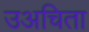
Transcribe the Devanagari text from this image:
उअचिता